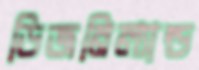
ডিজনিল্যান্ড